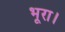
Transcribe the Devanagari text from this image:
भूरा।